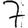
Digit: 7